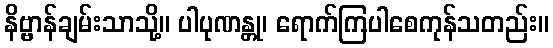
နိဗ္ဗာန်ချမ်းသာသို့။ ပါပုဏန္တု၊ ရောက်ကြပါစေကုန်သတည်း။